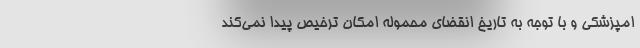
امپزشکی و با توجه به تاریخ انقضای محموله امکان ترخیص پیدا نمی‌کند